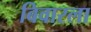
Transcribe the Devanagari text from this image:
बिवारला